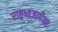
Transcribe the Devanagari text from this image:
राष्ट्रध्वजापेक्षा